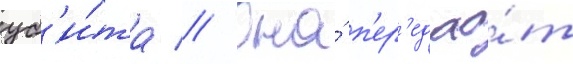
уб'и́та // Она́ п'ер'едао́т